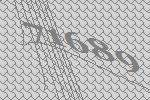
71689